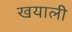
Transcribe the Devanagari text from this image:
खयाली